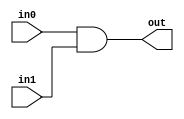
// an AND gate buit from two NAND gates

module and_from_nands(out, in0, in1);

input in0, in1;
output out;

wire out, in0, in1;
wire intermediate;

nand(intermediate, in0, in1);
nand(out, intermediate, intermediate);

endmodule


module and_from_nands_tb();

reg in0, in1;
wire out;

and_from_nands N(out, in0, in1);

initial begin
    $display("in0\tin1\tout");
    $monitor("%b\t%b\t%b", in0, in1, out);
    in0 <= 0;
    in1 <= 0;
    #1 in0 <= 1;
    #1 in0 <= 0;
    in1 <= 1;
    #1 in0 <= 1;
    #1 $finish;
end

endmodule